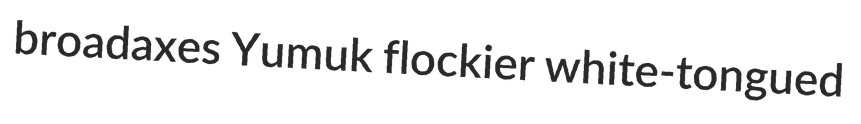
broadaxes Yumuk flockier white-tongued